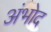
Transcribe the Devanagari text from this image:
अंभोद